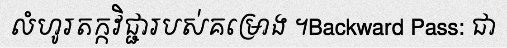
លំហូរតក្កវិជ្ជារបស់គម្រោង ។Backward Pass: ជា